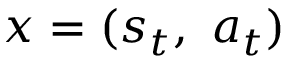
\boldsymbol { x } = ( \boldsymbol { s } _ { t } , ~ \boldsymbol { a } _ { t } )